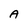
Character: A